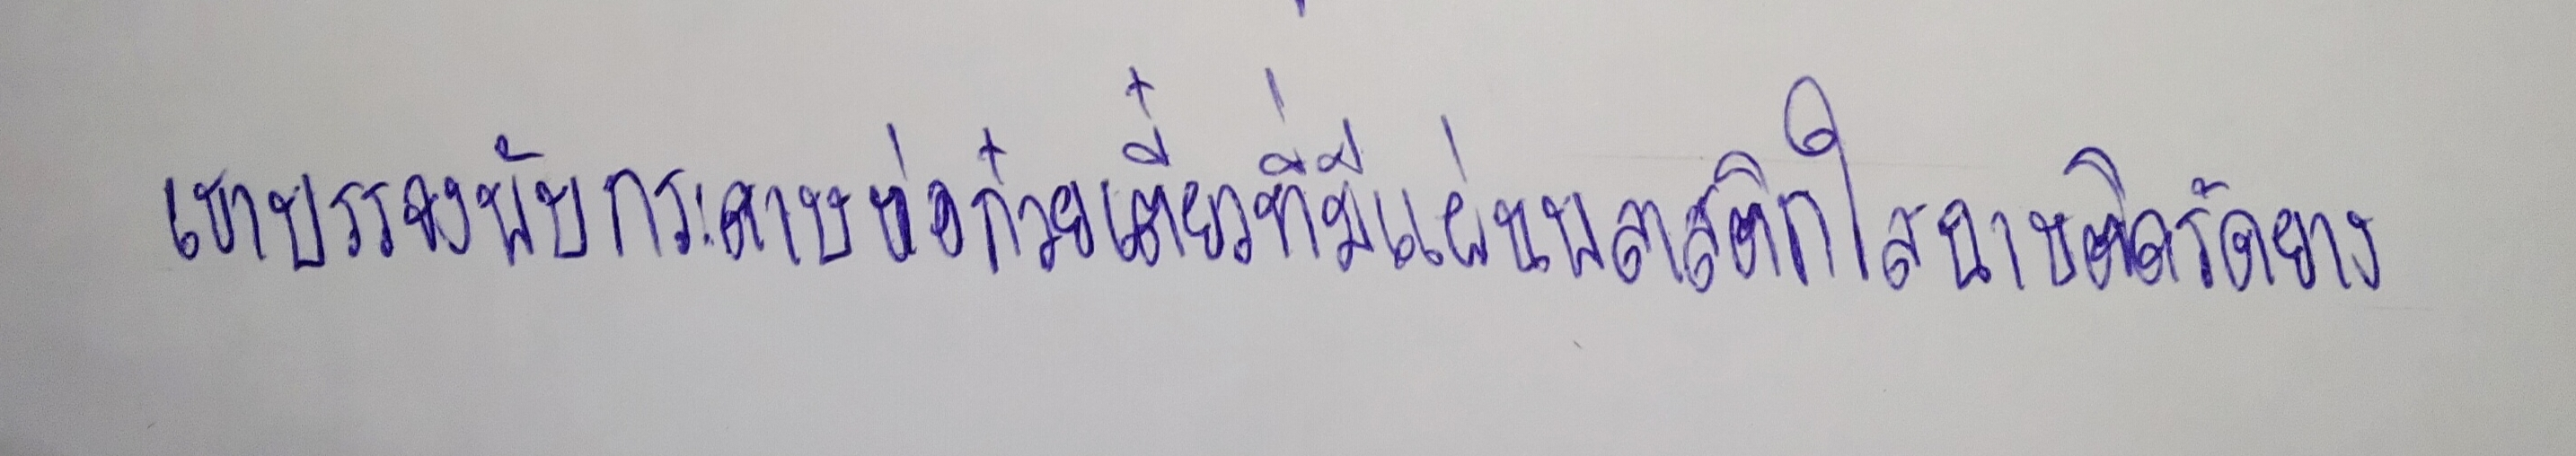
เขาบรรจงพับกระดาษห่อก๋วยเตี๋ยวที่มีแผ่นพลาสติกใสฉาบติดรัดยาง